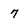
Character: 7